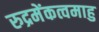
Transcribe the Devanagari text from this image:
रुद्रमेंकत्वमाहु